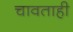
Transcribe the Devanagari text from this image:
चावताही